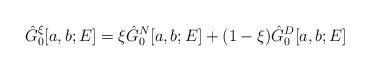
LaTeX: \begin{align*}\hat{G}_0^{\xi}[a, b; E] = \xi \hat{G}_0^N[a, b; E] + (1 - \xi) \hat{G}_0^D[a, b; E]\end{align*}